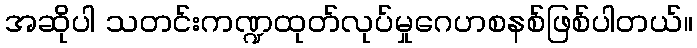
အဆိုပါ သတင်းကဏ္ဍထုတ်လုပ်မှုဂေဟစနစ်ဖြစ်ပါတယ်။